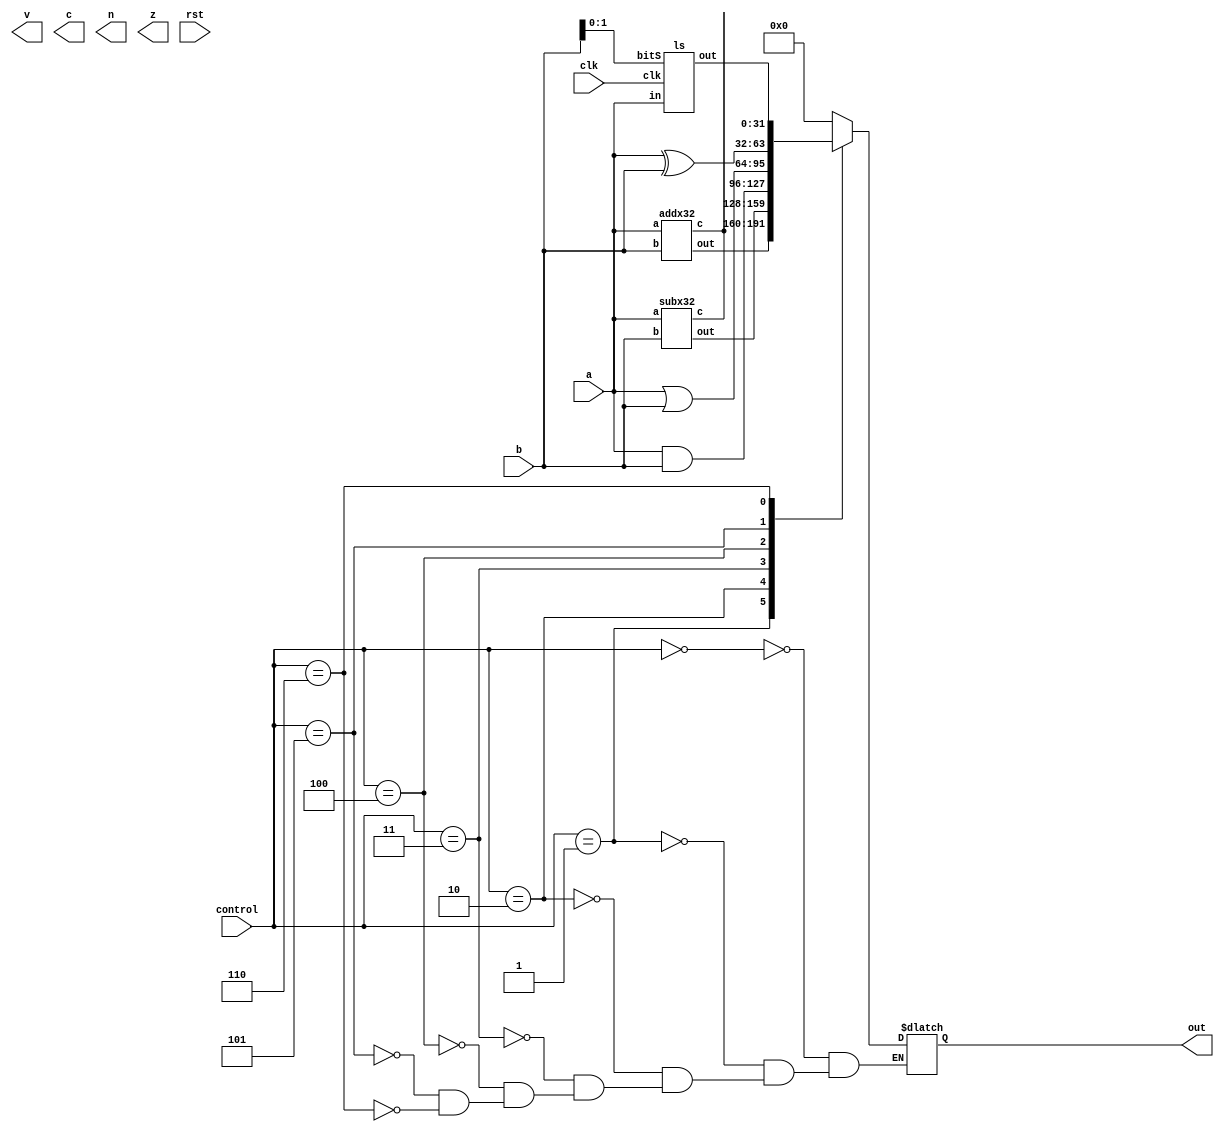
module ALU(out, v, c, n ,z, a, b, control, clk, rst);
	input clk, rst;
	input [31:0] a, b; // data input
	input [2:0] control; // control bits
	output reg [31:0] out; // result
	
	output reg v; // overflow
	output wire c;	// carry out
	output reg n; // negative
	output reg z; // zero
	
	wire [31:0] outADD, outSUB, outSHL;
	wire c1;
	
	ls l1(outSHL, a, b[1:0], clk);
	addx32 a1(outADD, c1, a, b); //(control[0]&~control[1]&~control[2]), clk);
	subx32 s1(outSUB, c1, a, b); //(control[0]&control[1]&~control[2]), clk);
	
	always @ (control)
	case (control)
	3'b000: //NOP
			out = 0;
	3'b001: // ADD
			out = outADD;
	3'b010: // SUB
			out = outSUB;
	3'b011: // AND
			out = a & b;
	3'b100: // ORR
			out = a | b;
	3'b101: // XOR
			out = a ^ b;
	3'b110: // LSL
			out = outSHL;
	endcase

endmodule


// 1 bit full adder
module FA(s, cout, a, b, cin);
	output wire s, cout;
	input a, b, cin;
	assign s = a^b^cin;
	//assign s = s^c;
	assign 	cout = (a&b) | (a&cin) | (b&cin);
endmodule 

// 32 bit full adder
// check ripple carry adder (A+B)
module addx32(output wire [31:0] out, output wire c, input [31:0] a, b); //input enable, clk);
	wire [31:0] cin;
	genvar i;
	generate
		FA f1 (.s(out[0]), .cout(cin[0]), .a(a[0]), .b(b[0]), .cin(1'b0));
		for (i = 1; i < 32; i = i+1) begin: eachFA
			FA f(.s(out[i]), .cout(cin[i]), .a(a[i]), .b(b[i]), .cin(cin[i-1]));
		end
	endgenerate 
	assign c = cin[31];
endmodule	

// 32 bit sub
// do a - b
module subx32(output wire[31:0] out, output wire c, input [31:0] a, b); // input enbale, clk);
	wire [31:0] cin;
	genvar i;
	generate
		FA f1 (out[0], cin[0], a[0], ~b[0], 1'b1);
		for (i = 1; i < 32; i = i+1) begin: eachFA
			FA f (out[i], cin[i], a[i], ~b[i], cin[i-1]);
		end
	endgenerate
	assign c = cin[31];
endmodule	

// mux 
module mux(out, a0, a1, sel, clk);
	input clk;
	input a0, a1, sel;
	output reg out;
	always @(posedge clk)
		if (sel == 1'b0)
			out = a0;
		else 
			out = a1;
endmodule

// left shift 1 bit.
module ls(out, in, bitS, clk);
	input [31:0] in;
	input [1:0] bitS;
	input clk;
	
	output wire [31:0] out;
	wire [31:0] out2b;
	genvar i;
	generate
		mux m20(out2b[0], in[0], 1'b0, bitS[1], clk);
		mux m21(out2b[1], in[1], 1'b0, bitS[1], clk);
		mux m11(out[0], out2b[0], 1'b0, bitS[0], clk);
		mux m12(out[1], out2b[1], out2b[0], bitS[0], clk);
		for (i = 2; i < 32; i=i+1) begin:eachMux
			mux m2(out2b[i], in[i], in[i-2], bitS[1], clk); //out, a0, a1, sel, clk
			mux m1(out[i], out2b[i], out2b[i-1], bitS[0], clk);
		end
	endgenerate
endmodule